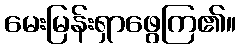
မေးမြန်းရှာဖွေကြ၏။